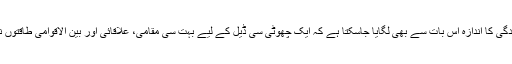
اس معاہدے کی پیچیدگی کا اندازہ اس بات سے بھی لگایا جاسکتا ہے کہ ایک چھوٹی سی ڈیل کے لیے بہت سی مقامی، علاقائی اور بین الاقوامی طاقتوں نے اپنا کردار ادا کیا۔